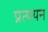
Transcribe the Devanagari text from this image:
प्रत्ययन